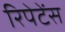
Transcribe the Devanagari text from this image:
रिपेटेंस